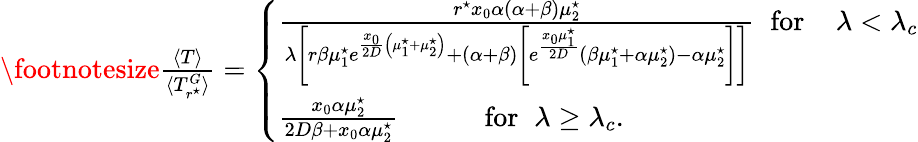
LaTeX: \begin{array}{r}{\footnotesize\frac{\langle T\rangle}{\langle T_{r^{\star}}^{G}\rangle}=\left\{ \begin{array}{ll}{\frac{r^{\star}x_{0}\alpha(\alpha+\beta)\mu_{2}^{\star}}{\lambda\left[r\beta\mu_{1}^{\star}e^{\frac{x_{0}}{2D}\left(\mu_{1}^{\star}+\mu_{2}^{\star}\right)}+\left(\alpha+\beta\right)\left[e^{\frac{x_{0}\mu_{1}^{\star}}{2D}}{(\beta\mu_{1}^{\star}+\alpha\mu_{2}^{\star})-\alpha\mu_{2}^{\star}}\right]\right]}\; \; \mathrm{for}\; \; \; \; \lambda<\lambda_{c}}\\ {\frac{x_{0}\alpha\mu_{2}^{\star}}{2D\beta+x_{0}\alpha\mu_{2}^{\star}}\; \; \; \; \; \; \; \; \; \; \; \mathrm{for}\; \; \lambda\geq\lambda_{c}.}\end{array}\right.}\end{array}